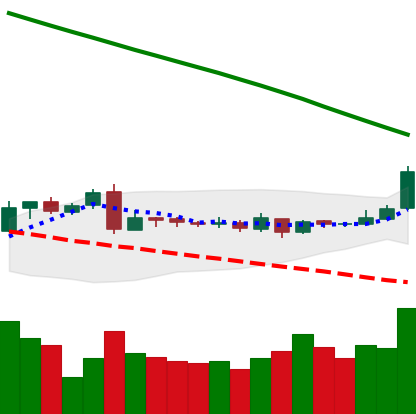
Ticker: XLM-USD
Chart end date: 2019-03-10
Forward return: 7.731%
Label: up_7plus